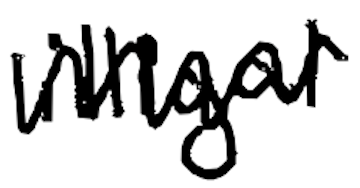
Text: illegal
Cross-out: mix
Writing tool: digital_black